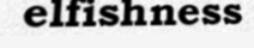
elfishness